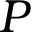
P